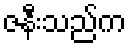
ဇနီးသည်က